Civil Veterinary Department Bihar & Orissa reports 1929-36 - 1929-1936
Year: 1929
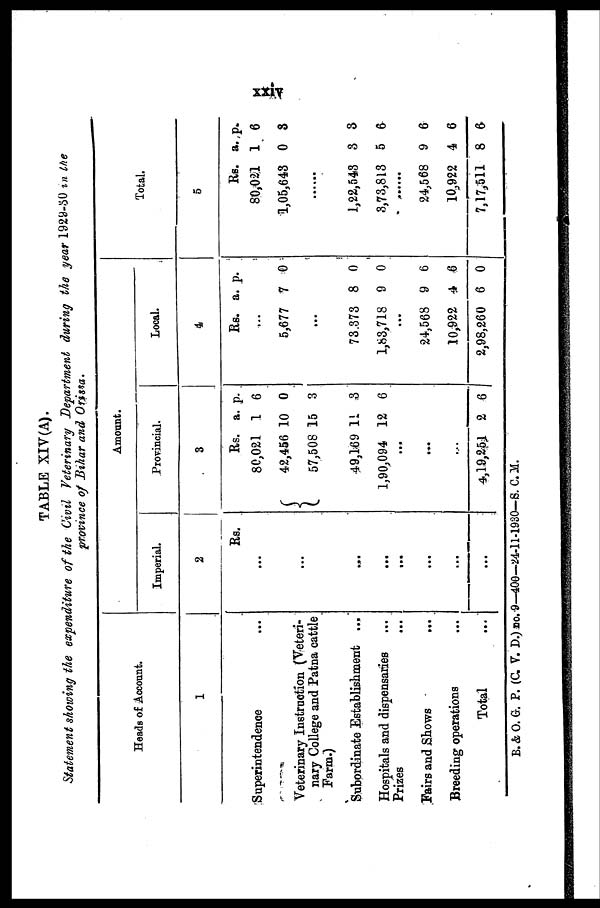
XXIV
TABLE XIV(A).
Statement showing the expenditure of the Civil Veterinary Department during the year 1929-30 in the
province of Bihar and Orista.
Heads of Account.
1
Superintendence ...
Veterinary Instruction (Veteri-
nary College and Patna cattle
Farm.)
Subordinate Establishment ...
Hospitals and dispensaries ...
Prizes ...
Fairs and Shows ...
Breeding operations ...
Total ...
Amount.
Imperial.
2
Rs.
...
...
...
...
...
...
...
...
Provincial.
3
Rs. a. p.
80,021 1 6
42,456 10 0
57,508 15 3
49,169 11 3
1,90,094 12 6
...
...
...
4,19,251 2 6
Local.
4
Rs. a. p.
...
5,677 7 0
...
78,373 8 0
1,83,718 9 0
...
24,568 9 6
10,922 4 6
2,98,260 6 0
Total.
5
Rs. a. p.
80,021 1 6
1,05,643 0 8
......
1,22,543 3 8
3,73,813 5 6
...
24,568 9 6
10,922 4 6
7,17,511 8 6
B.& O. G. P. (C. V. D.) no. 9-400—24-11-1930—S. C. M.